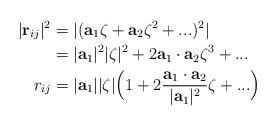
LaTeX: \begin{align*}|\mathbf{r}_{ij}|^{2} &= |(\mathbf{a}_{1}\zeta+\mathbf{a}_{2}\zeta^{2}+...)^{2}|\\&= |\mathbf{a}_{1}|^{2}|\zeta|^{2}+2\mathbf{a}_{1}\cdot\mathbf{a}_{2}\zeta^{3}+...\\r_{ij} &= |\mathbf{a}_{1}||\zeta|\Big(1+2\frac{\mathbf{a}_{1}\cdot\mathbf{a}_{2}}{|\mathbf{a}_{1}|^{2}}\zeta+... \Big)\end{align*}